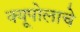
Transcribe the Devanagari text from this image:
क्यूपोलाचे